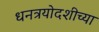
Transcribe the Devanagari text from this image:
धनत्रयोदशीच्या